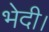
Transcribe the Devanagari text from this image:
भेदी।